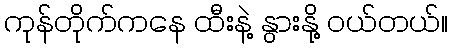
ကုန်တိုက်ကနေ ထီးနဲ့ နွားနို့ ဝယ်တယ်။